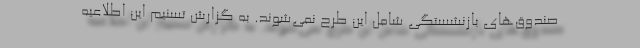
صندوق‌های بازنشستگی شامل این طرح نمی‌شوند. به گزارش تسنیم این اطلاعیه